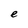
Character: e